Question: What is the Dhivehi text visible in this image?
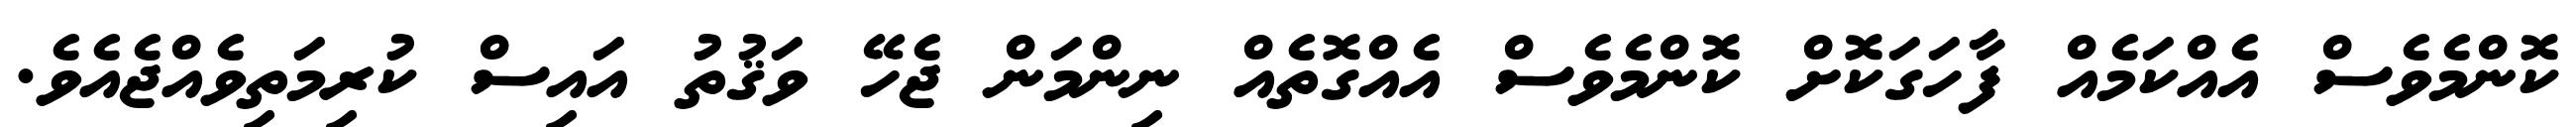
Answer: ކޮންމެވެސް އެއްކަމެއް ފާހަގަކޮށް ކޮންމެވެސް އެއްގޮތެއް ނިންމަން ޖެހޭ ވަޤުތު އައިސް ކުރިމަތިވެއްޖެއެވެ.